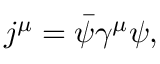
j ^ { \mu } = \bar { \psi } \gamma ^ { \mu } \psi ,